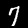
Digit: 7